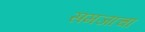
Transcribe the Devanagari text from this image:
समजाचा